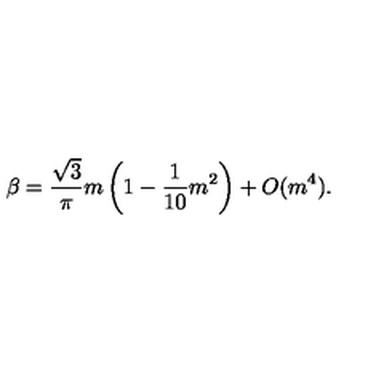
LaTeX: \beta = \frac { \sqrt { 3 } } { \pi } m \left( 1 - \frac { 1 } { 1 0 } m ^ { 2 } \right) + O ( m ^ { 4 } ) .